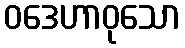
ဝဒေဟာဝုသော